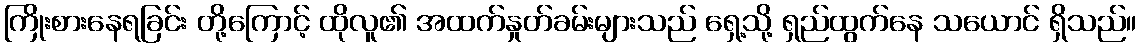
ကြိုးစားနေရခြင်း တို့ကြောင့် ထိုလူ၏ အထက်နှုတ်ခမ်းများသည် ရှေ့သို့ ရှည်ထွက်နေ သယောင် ရှိသည်။